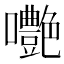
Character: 𡅩